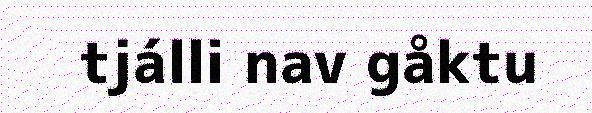
tjálli nav gåktu